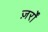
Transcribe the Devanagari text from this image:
ज़र्रों